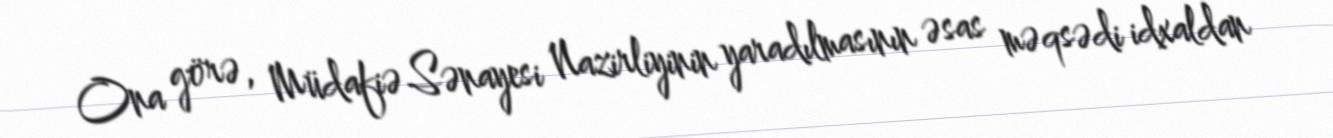
Ona görə, Müdafiə Sənayesi Nazirliyinin yaradılmasının əsas məqsədi idxaldan